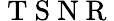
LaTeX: \mathrm{~T~S~N~R~}